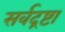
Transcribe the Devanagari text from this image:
सर्वद्रष्टा